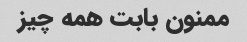
ممنون بابت همه چیز